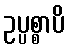
ဥပ္ပစ္စာပိ